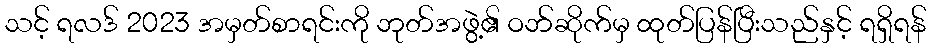
သင့် ရလဒ် 2023 အမှတ်စာရင်းကို ဘုတ်အဖွဲ့၏ ဝဘ်ဆိုက်မှ ထုတ်ပြန်ပြီးသည်နှင့် ရရှိရန်